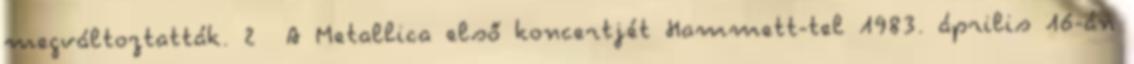
megváltoztatták. 2 A Metallica első koncertjét Hammett-tel 1983. április 16-án